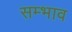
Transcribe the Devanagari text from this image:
सम्भाव